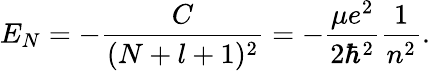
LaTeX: E_{N}=-\frac{C}{(N+l+1)^{2}}=-\frac{\mu e^{2}}{2\hbar^{2}}\frac{1}{n^{2}}.